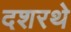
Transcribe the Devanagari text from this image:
दशरथे